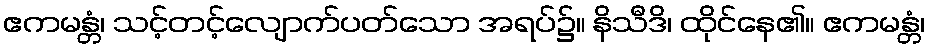
ဧကမန္တံ၊ သင့်တင့်လျောက်ပတ်သော အရပ်၌။ နိသီဒိ၊ ထိုင်နေ၏။ ဧကမန္တံ၊